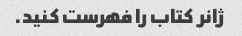
ژانر کتاب را فهرست کنید.